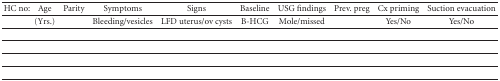
<table><thead><tr><td><b>HC no:</b></td><td><b>Age</b></td><td><b>Parity</b></td><td><b>Symptoms</b></td><td><b>Signs</b></td><td><b>Baseline</b></td><td><b>USG findings</b></td><td><b>Prev. preg</b></td><td><b>Cx priming</b></td><td><b>Suction evacuation</b></td></tr></thead><tbody><tr><td></td><td>(Yrs.)</td><td></td><td>Bleeding/vesicles</td><td>LFD uterus/ov cysts</td><td>B-HCG</td><td>Mole/missed</td><td></td><td>Yes/No</td><td>Yes/No</td></tr></tbody></table>